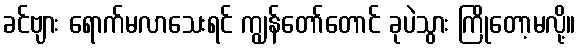
ခင်ဗျား ရောက်မလာသေးရင် ကျွန်တော်တောင် ခုပဲသွား ကြိုတော့မလို့။